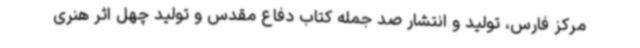
مرکز فارس، تولید و انتشار صد جمله کتاب دفاع مقدس و تولید چهل اثر هنری